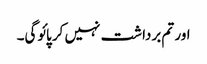
اور تم برداشت نہیں کر پائوگی۔